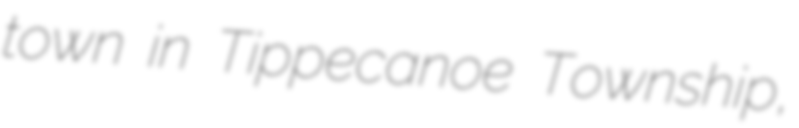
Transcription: town in Tippecanoe Township,